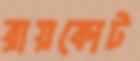
রায়কোট